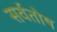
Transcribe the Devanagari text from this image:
सर्वतोष